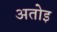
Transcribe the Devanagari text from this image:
अतोइ